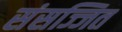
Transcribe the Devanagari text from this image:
संसज्जित